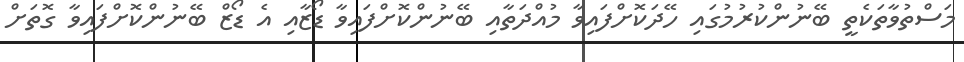
މަސްތުވާތަކެތީ ބޭނުންކުރުމުގައި ހޭދަކޮށްފައިވާ މުއްދަތާއި ބޭނުންކޮށްފައިވާ ޑޯޒާއި އެ ޑޯޒް ބޭނުންކޮށްފައިވާ ގޮތަށް